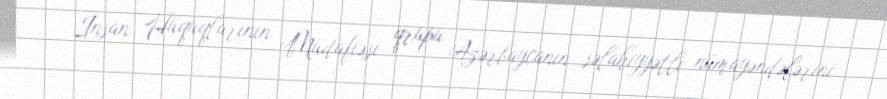
İnsan Hüquqlarının Müdafiəsi qrupu Azərbaycanın səlahiyyətli nümayəndələrini